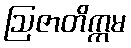
ဩဇာတိက္ကမ